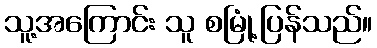
သူ့အကြောင်း သူ စမြုံ့ပြန်သည်။